Report on plague in the Punjab from October 1st ... to September 30th ..., being the ... season of plague in the province
Disease focus: Plague
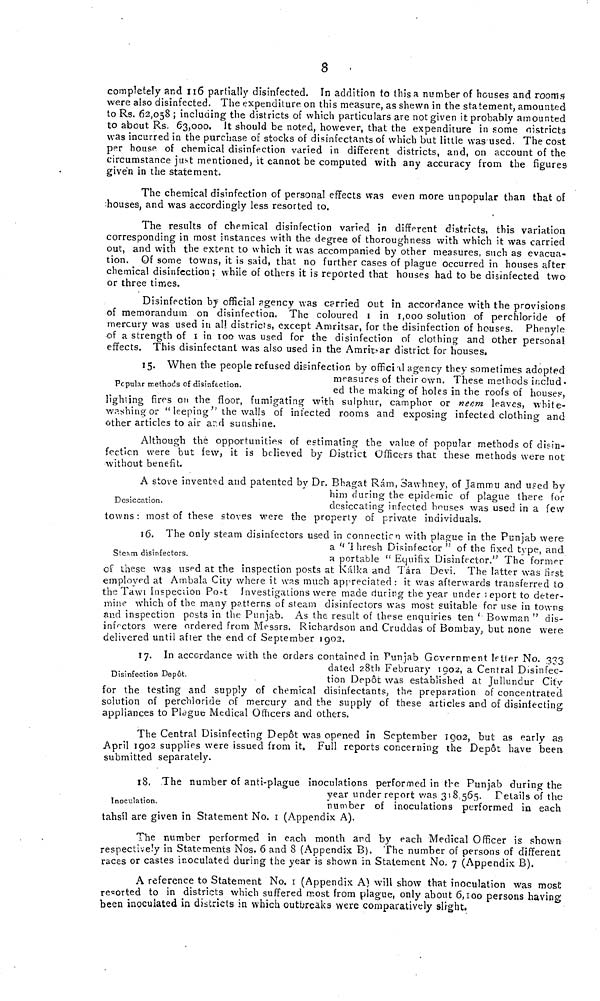
8
completely and 116 partially disinfected. In addition to this a number of bouses and rooms
were also disinfected. The expenditure on this measure, as shewn in the statement, amounted
to Rs. 62,058 ; including the districts of which particulars are not given it probably amounted
to about Rs. 63,000. It should be noted, however, that the expenditure in some districts
was incurred in the purchase of stocks of disinfectants of which but little was used. The cost
per house of chemical disinfection varied in different districts, and, on account of the
circumstance just mentioned, it cannot be computed with any accuracy from the figures
given in the statement.
The chemical disinfection of personal effects was even more unpopular than that of
houses, and was accordingly less resorted to.
The results of chemical disinfection varied in different districts, this variation
corresponding in most instances with the degree of thoroughness with which it was carried
out, and with the extent to which it was accompanied by other measures, such as evacua-
tion. Of some towns, it is said, that no further cases of plague occurred in houses after
chemical disinfection ; while of others it is reported that houses had to be disinfected two
or three times.
Disinfection by official agency was carried out in accordance with the provisions
of memorandum on disinfection. The coloured 1 in 1,000 solution of perchloride of
mercury was used in all districts, except Amritsar, for the disinfection of houses. Phenyle
of a strength of 1 in too was used for the disinfection of clothing and other personal
effects. This disinfectant was also used in the Amritsar district for houses.
Popular methods of disinfection.
15. When the people refused disinfection by official agency they sometimes adopted
measures of their own. These methods includ-
ed the making of holes in the roofs of houses,
lighting fires on the floor, fumigating with sulphur, camphor or neem leaves, white-
washing or " leeping" the walls of infected rooms and exposing infected clothing and
other articles to air and sunshine.
Although the opportunities of estimating the value of popular methods of disin-
fection were but few, it is believed by District Officers that these methods were not
without benefit.
Desiccation.
A stove invented and patented by Dr. Bhagat Ram, Sawhney of Jammu and used by
him during the epidemic of plague there for
desiccating infected houses was used in a few
towns: most of these stoves were the property of private individuals.
Steam disinfectors.
16. The only steam disinfectors used in connection with plague in the Punjab were
a " Thresh Disinfector " of the fixed type, and
a portable " Equifix Disinfector." The former
of these was used at the inspection posts at Kalka and Tara Devi. The latter was first
employed at Ambala City where it was much appreciated: it was afterwards transferred to
the Tawi Inspection Post Investigations were made during the year under report to deter-
mine which of the many patterns of steam disinfectors was most suitable for use in towns
and inspection posts in the Punjab. As the result of these enquiries ten ' Bowman " dis-
infectors were ordered from Messrs. Richardson and Cruddas of Bombay; but none were
delivered until after the end of September 1902.
Disinfection Depot,
17. In accordance with the orders contained in Punjab Government letter No. 333
dated 20th February 1902, a Central Disinfec-
tion Depot was established at Jullundur City
for the testing and supply of chemical disinfectants, the preparation of concentrated
solution of perchloride of mercury and the supply of these articles and of disinfecting
appliances to Plague Medical Officers and others.
The Central Disinfecting Dep6t was opened in September 1902, but as early as
April 1902 supplies were issued from it. Full reports concerning the Depot have been
submitted separately.
Inoculation.
18. The number of anti-plague inoculations performed in th]e Punjab during the
year under report was 318,565. Details of the
number of inoculations performed in each
tahsil are given in Statement No. 1 (Appendix A).
The number performed in each month and by each Medical Officer is shown
respectively in Statements Nos. 6 and 8 (Appendix B). The number of persons of different
races or castes inoculated during the year is shown in Statement No. 7 (Appendix B).
A reference to Statement No. 1 (Appendix A) will show that inoculation was most
reported to in districts which suffered most from plague, only about 6,100 persons having
been inoculated in districts in which outbreaks were comparatively slight,